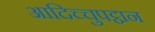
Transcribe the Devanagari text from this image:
आदिच्चुपट्ठान